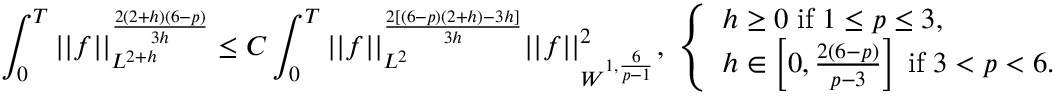
\int _ { 0 } ^ { T } | | f | | _ { L ^ { 2 + h } } ^ { \frac { 2 ( 2 + h ) ( 6 - p ) } { 3 h } } \leq C \int _ { 0 } ^ { T } | | f | | _ { L ^ { 2 } } ^ { \frac { 2 [ ( 6 - p ) ( 2 + h ) - 3 h ] } { 3 h } } | | f | | _ { W ^ { 1 , \frac { 6 } { p - 1 } } } ^ { 2 } , \; \left\{ \begin{array} { l l } { h \geq 0 \; \mathrm { i f } \; 1 \leq p \leq 3 , } \\ { h \in \left[ 0 , \frac { 2 ( 6 - p ) } { p - 3 } \right] \; \mathrm { i f } \; 3 < p < 6 . } \end{array} \right.